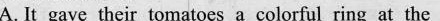
A. It gave their tomatocsa colorful ring at the